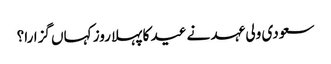
سعودی ولی عہد نے عید کا پہلا روز کہاں گزارا؟